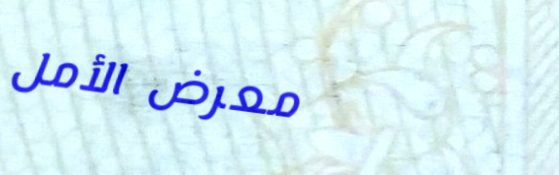
معرض الأمل